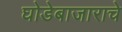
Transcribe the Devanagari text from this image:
घोडेबाजाराचे